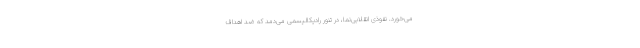
می‌خورد. نفوذیِ انقلابی‌نما، در تنور رادیکالیسمی می‌دمد که ضد اهداف